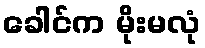
ခေါင်က မိုးမလုံ